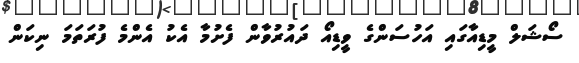
ސޯޝަލް މީޑިއާގައި އަހުސަންގެ ވީޑިއޯ ދައުރުވާން ފެށުމާ އެކު އެންމެ ފުރަތަމަ ނިކަން